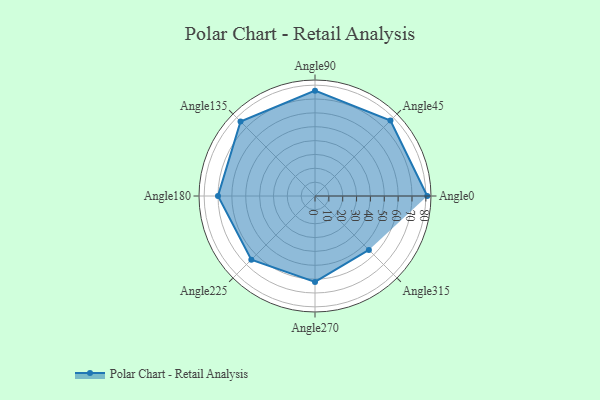
{"axis": {"x": "Angle", "y": "Radius"}, "legend": [""], "data": [{"x": "Angle0", "y": 81.0, "type": ""}, {"x": "Angle45", "y": 77.0, "type": ""}, {"x": "Angle90", "y": 76.0, "type": ""}, {"x": "Angle135", "y": 76.0, "type": ""}, {"x": "Angle180", "y": 70.0, "type": ""}, {"x": "Angle225", "y": 65.0, "type": ""}, {"x": "Angle270", "y": 62.0, "type": ""}, {"x": "Angle315", "y": 55.0, "type": ""}]}